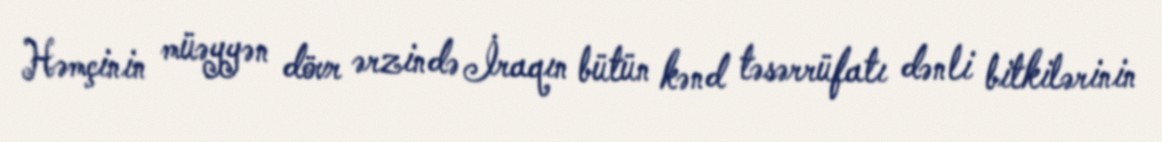
Həmçinin müəyyən dövr ərzində İraqın bütün kənd təsərrüfatı dənli bitkilərinin